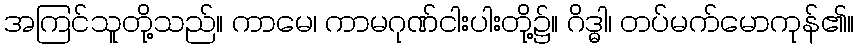
အကြင်သူတို့သည်။ ကာမေ၊ ကာမဂုဏ်ငါးပါးတို့၌။ ဂိဒ္ဓါ၊ တပ်မက်မောကုန်၏။